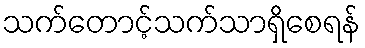
သက်တောင့်သက်သာရှိစေရန်